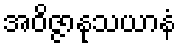
အဝိဇ္ဇာနုသယာနံ